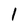
Character: 1